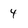
Character: 4